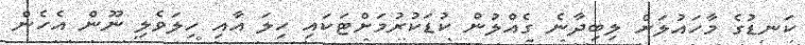
ކަނޑުގެ މާހައުލަށް ލިބިދާނެ ގެއްލުން ކުޑަކުރުމަށްޓަކައި ހިލަ އާއި ހިލަވެލި ނޫން އެހެން